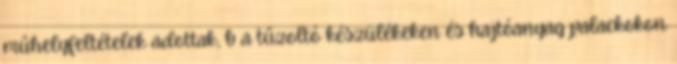
mûhelyfeltételek adottak, b a tûzoltó készülékeken és hajtóanyag palackokon